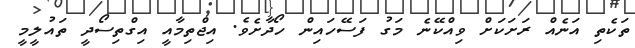
ތަކެތި އަނެއް ރަށަކަށް ވިއްކޭނެ މަގު ފަސޭހައިން ހޯދާށެވެ. އިޖްތިމާއީ އިގްތިސޯދީ ތައުލީމީ